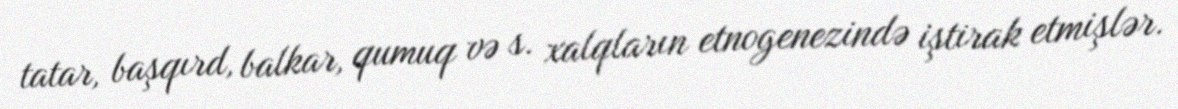
tatar, başqırd, balkar, qumuq və s. xalqların etnogenezində iştirak etmişlər.